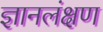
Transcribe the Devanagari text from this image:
ज्ञानलंक्षण